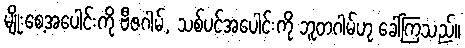
မျိုးစေ့အပေါင်းကို ဗီဇဂါမ်, သစ်ပင်အပေါင်းကို ဘူတဂါမ်ဟု ခေါ်ကြသည်။